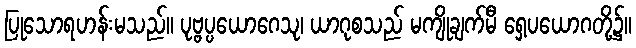
ပြုသောရဟန်းမသည်။ ပုဗ္ဗပ္ပယောဂေသု၊ ယာဂုစသည် မကျိုချက်မီ ရှေ့ပယောဂတို့၌။